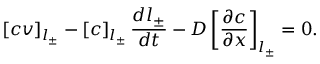
\left[ c v \right] _ { l _ { \pm } } - \left[ c \right] _ { l _ { \pm } } \frac { d l _ { \pm } } { d t } - D \left[ \frac { \partial c } { \partial x } \right] _ { l _ { \pm } } = 0 .